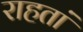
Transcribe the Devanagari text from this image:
राहतां